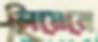
লিয়েনে